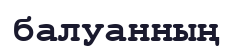
балуанның